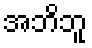
အဘိဘူ